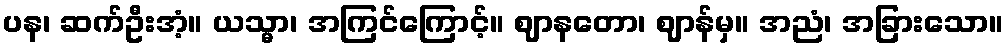
ပန၊ ဆက်ဦးအံ့။ ယသ္မာ၊ အကြင်ကြောင့်။ ဈာနတော၊ ဈာန်မှ။ အညံ၊ အခြားသော။